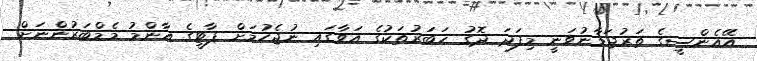
އޭއެންސީގެ ތަރުޖަމާނުވަނީ މިފަދަ ދޮގު ޚަބަރުތަކުގެ އަވާގައި ނުޖެހުމަށް ޕާޓީގެ އާންމު މެމްބަރުންނަށް